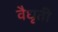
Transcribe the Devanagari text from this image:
वैधृती